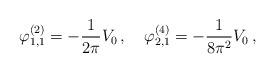
LaTeX: \begin{align*}\varphi^{(2)}_{1,1}=-\frac{1}{2\pi}V_0\,,\quad\varphi^{(4)}_{2,1}=-\frac{1}{8\pi^2}V_0\,,\end{align*}